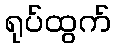
ရုပ်ထွက်